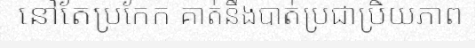
នៅតែប្រកែក គាត់នឹងបាត់ប្រជាប្រិយភាព